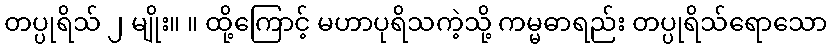
တပ္ပုရိသ် ၂ မျိုး။ ။ ထို့ကြောင့် မဟာပုရိသကဲ့သို့ ကမ္မဓာရည်း တပ္ပုရိသ်ရောသော